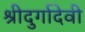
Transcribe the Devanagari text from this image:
श्रीदुर्गादेवी